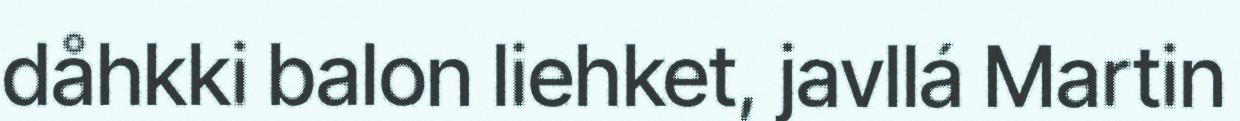
dåhkki balon liehket, javllá Martin